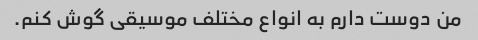
من دوست دارم به انواع مختلف موسیقی گوش کنم.